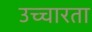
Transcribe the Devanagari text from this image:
उच्चारता